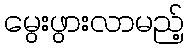
မွေးဖွားလာမည့်